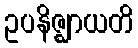
ဥပနိဇ္ဈာယတိ